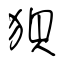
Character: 狽